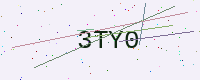
Text: 3TY0